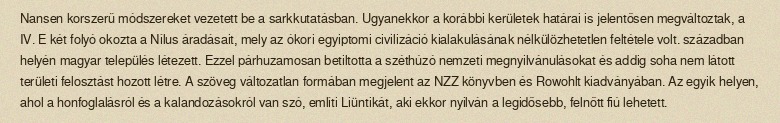
Nansen korszerű módszereket vezetett be a sarkkutatásban. Ugyanekkor a korábbi kerületek határai is jelentősen megváltoztak, a IV. E két folyó okozta a Nílus áradásait, mely az ókori egyiptomi civilizáció kialakulásának nélkülözhetetlen feltétele volt. században helyén magyar település létezett. Ezzel párhuzamosan betiltotta a széthúzó nemzeti megnyilvánulásokat és addig soha nem látott területi felosztást hozott létre. A szöveg változatlan formában megjelent az NZZ könyvben és Rowohlt kiadványában. Az egyik helyen, ahol a honfoglalásról és a kalandozásokról van szó, említi Liüntikát, aki ekkor nyilván a legidősebb, felnőtt fiú lehetett.